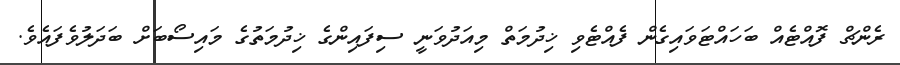
ރެންޗް ފޮއްޓެއް ބަހައްޓަވައިގެން ފެއްޓެވި ޚިދުމަތް މިއަދުވަނީ ސިފައިންގެ ޚިދުމަތުގެ މައިސޯބަށް ބަދަލުވެފައެވެ.